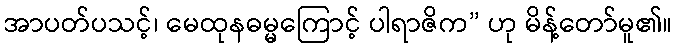
အာပတ်ပသင့်၊ မေထုနဓမ္မကြောင့် ပါရာဇိက” ဟု မိန့်တော်မူ၏။